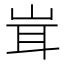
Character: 𮱨